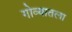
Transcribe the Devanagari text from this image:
गोव्यातला